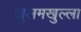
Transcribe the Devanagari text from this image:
खुलमखुल्ला